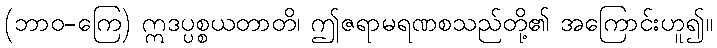
(ဘာဝ-ကြေ) ဣဒပ္ပစ္စယတာတိ၊ ဤဇရာမရဏစသည်တို့၏ အကြောင်းဟူ၍။